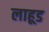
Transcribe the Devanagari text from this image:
लाहूड